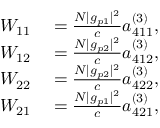
\begin{array} { r l } { W _ { 1 1 } } & { { } = \frac { N | g _ { p 1 } | ^ { 2 } } { c } a _ { 4 1 1 } ^ { ( 3 ) } , } \\ { W _ { 1 2 } } & { { } = \frac { N | g _ { p 2 } | ^ { 2 } } { c } a _ { 4 1 2 } ^ { ( 3 ) } , } \\ { W _ { 2 2 } } & { { } = \frac { N | g _ { p 2 } | ^ { 2 } } { c } a _ { 4 2 2 } ^ { ( 3 ) } , } \\ { W _ { 2 1 } } & { { } = \frac { N | g _ { p 1 } | ^ { 2 } } { c } a _ { 4 2 1 } ^ { ( 3 ) } , } \end{array}